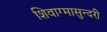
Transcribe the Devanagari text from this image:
शिवाग्मासुन्दरी